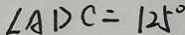
\angle A D C = 1 2 5 ^ { \circ }